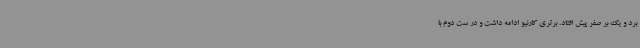
برد و یک بر صفر پیش افتاد. برتری کارنیو ادامه داشت و در ست دوم با